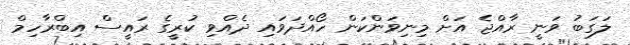
ލަގަބު ވަނީ ރާއްޖެ އަށް މިނިވަންކަން ހޯއްދަވައި ދެއްވި ކުރީގެ ރައީސް އިބްރާހިމް